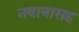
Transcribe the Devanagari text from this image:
नवाबासह